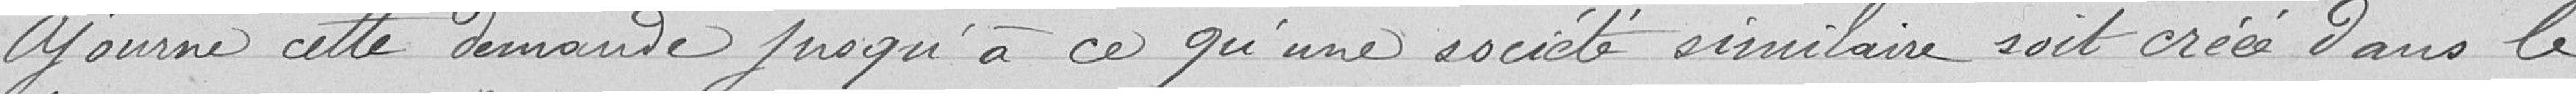
Ajourne cette demande jusqu'à ce qu'une société similaire soit créée dans le